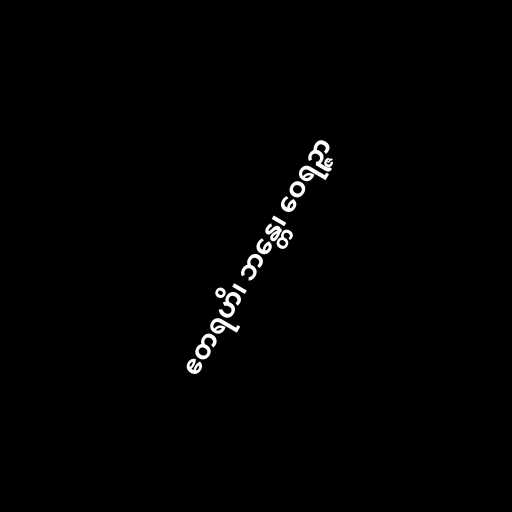
ဧတရဟိ၊ ဘန္တေ၊ ဝေရဉ္ဇာ